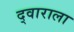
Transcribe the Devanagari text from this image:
द्वाराला